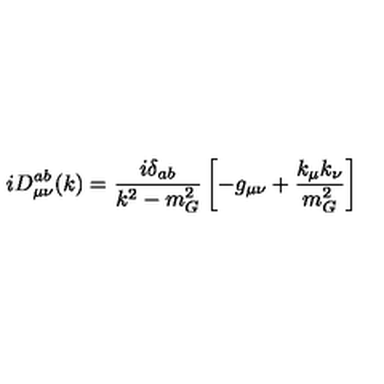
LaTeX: i D _ { \mu \nu } ^ { a b } ( k ) = \frac { i \delta _ { a b } } { k ^ { 2 } - m _ { G } ^ { 2 } } \left[ - g _ { \mu \nu } + \frac { k _ { \mu } k _ { \nu } } { m _ { G } ^ { 2 } } \right]